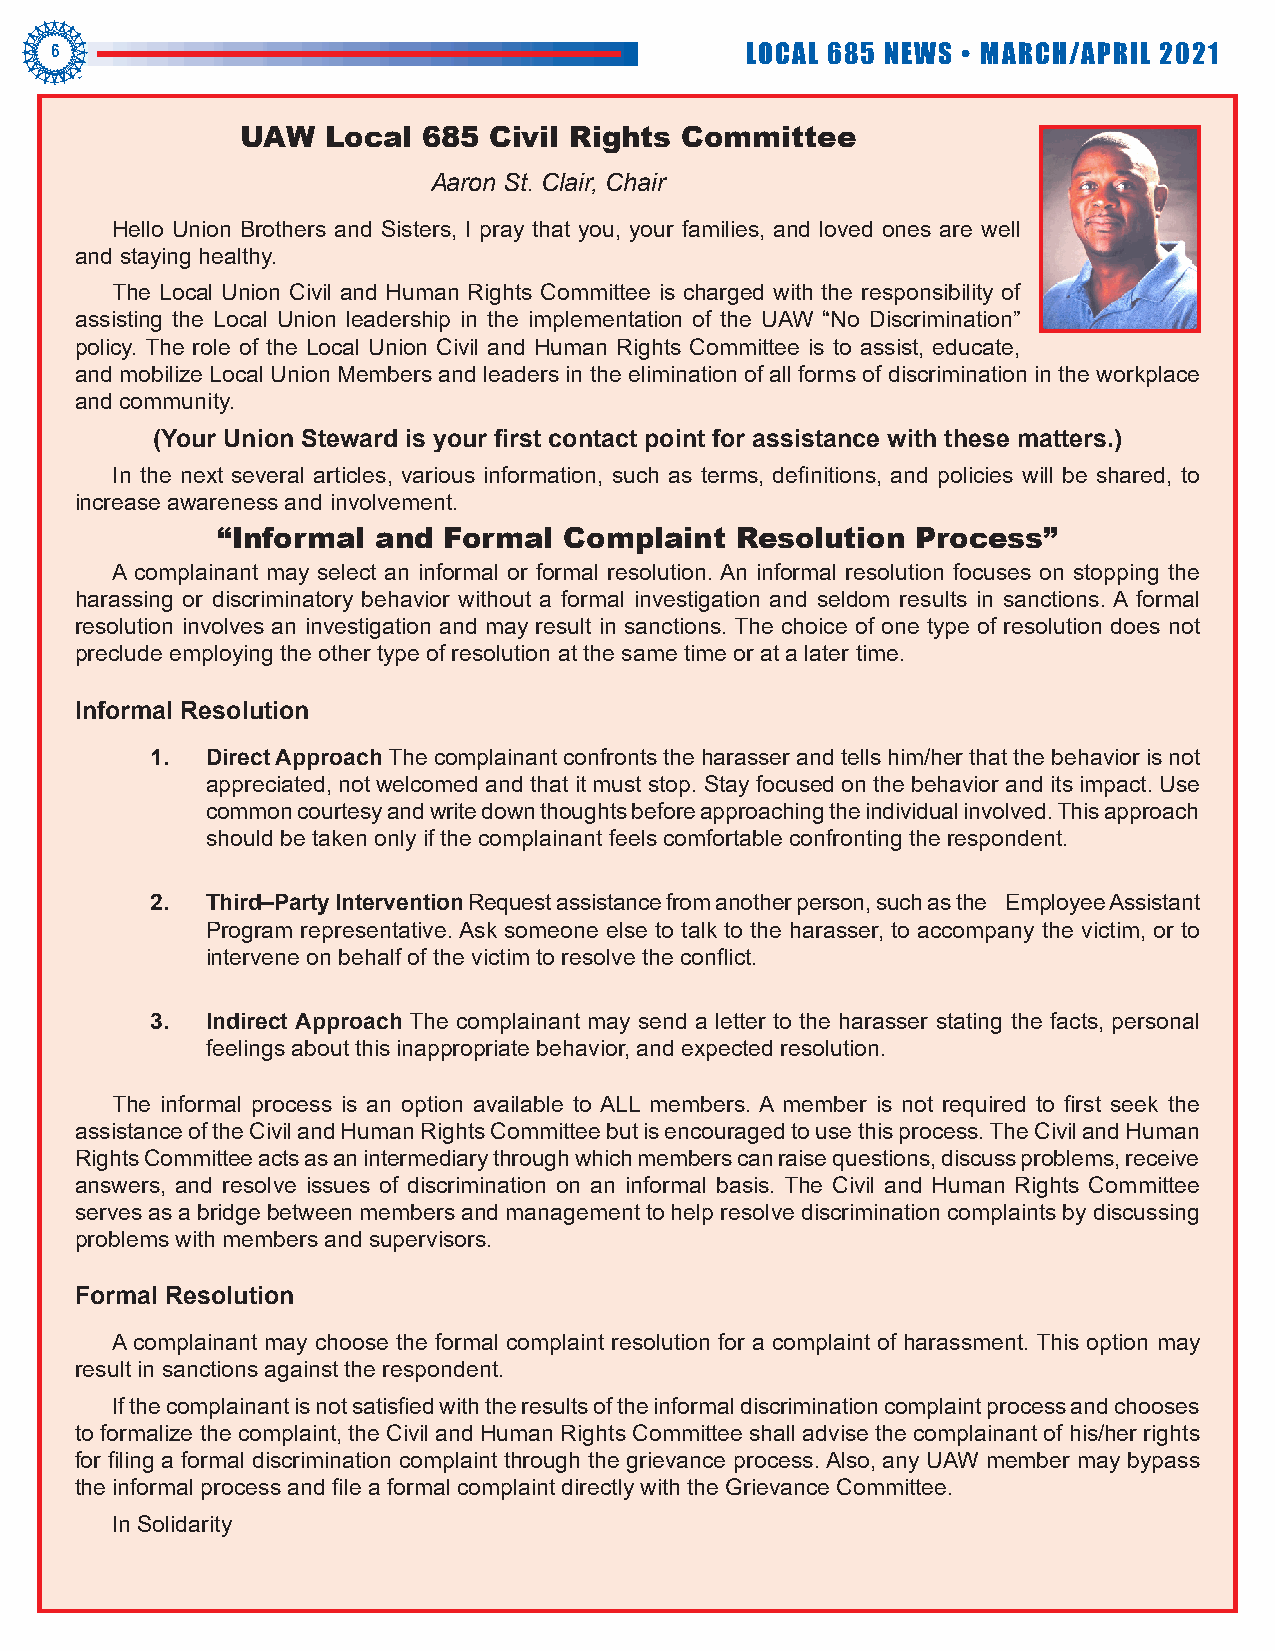
6                                             LOCAL 685 NEWS • MARCH/APRIL 2021
 UAW  Local  685 Civil Rights Committee
 Aaron St. Clair, Chair
 Hello Union Brothers and Sisters, I pray that you, your families, and loved ones are well
 and staying healthy.
 The Local Union Civil and Human Rights Committee is charged with the responsibility of
 assisting the Local Union leadership in the implementation of the UAW “No Discrimination”
 policy. The role of the Local Union Civil and Human Rights Committee is to assist, educate,
 and mobilize Local Union Members and leaders in the elimination of all forms of discrimination in the workplace
 and community.
 (Your Union Steward is your first contact point for assistance with these matters.)
 In the next several articles, various information, such as terms, definitions, and policies will be shared, to
 increase awareness and involvement.
 “Informal  and Formal  Complaint   Resolution  Process”
 A complainant may select an informal or formal resolution. An informal resolution focuses on stopping the
 harassing or discriminatory behavior without a formal investigation and seldom results in sanctions. A formal
 resolution involves an investigation and may result in sanctions. The choice of one type of resolution does not
 preclude employing the other type of resolution at the same time or at a later time.
 Informal Resolution
 1.  Direct Approach The complainant confronts the harasser and tells him/her that the behavior is not
 appreciated, not welcomed and that it must stop. Stay focused on the behavior and its impact. Use
 common courtesy and write down thoughts before approaching the individual involved. This approach
 should be taken only if the complainant feels comfortable confronting the respondent.
 2.  Third–Party Intervention Request assistance from another person, such as the Employee Assistant
 Program representative. Ask someone else to talk to the harasser, to accompany the victim, or to
 intervene on behalf of the victim to resolve the conflict.
 3.  Indirect Approach The complainant may send a letter to the harasser stating the facts, personal
 feelings about this inappropriate behavior, and expected resolution.
 The informal process is an option available to ALL members. A member is not required to first seek the
 assistance of the Civil and Human Rights Committee but is encouraged to use this process. The Civil and Human
 Rights Committee acts as an intermediary through which members can raise questions, discuss problems, receive
 answers, and resolve issues of discrimination on an informal basis. The Civil and Human Rights Committee
 serves as a bridge between members and management to help resolve discrimination complaints by discussing
 problems with members and supervisors.
 Formal Resolution
 A complainant may choose the formal complaint resolution for a complaint of harassment. This option may
 result in sanctions against the respondent.
 If the complainant is not satisfied with the results of the informal discrimination complaint process and chooses
 to formalize the complaint, the Civil and Human Rights Committee shall advise the complainant of his/her rights
 for filing a formal discrimination complaint through the grievance process. Also, any UAW member may bypass
 the informal process and file a formal complaint directly with the Grievance Committee.
 In Solidarity